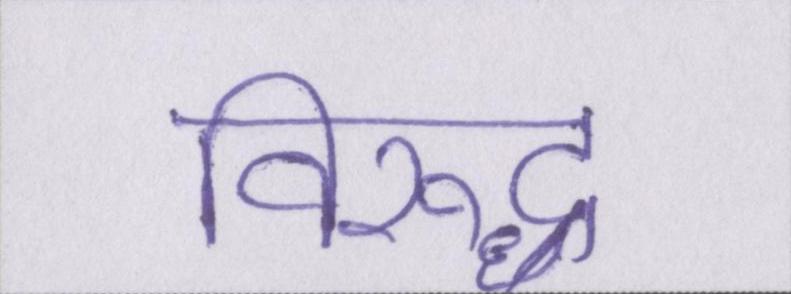
विरूद्ध